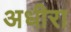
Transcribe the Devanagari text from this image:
अधीरा